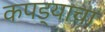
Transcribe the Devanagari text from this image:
कपड्याचा